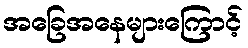
အခြေအနေများကြောင့်